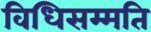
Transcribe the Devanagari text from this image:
विधिसम्मति